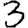
Digit: 3